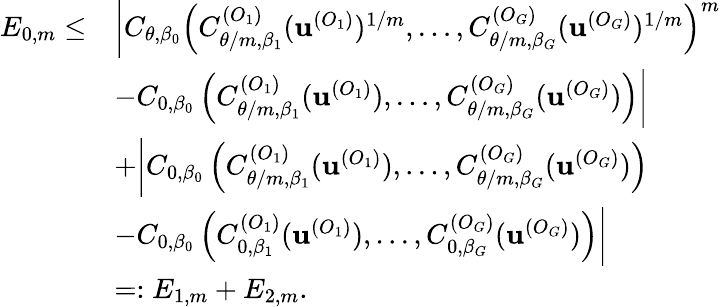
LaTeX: \begin{array}{rl}{E_{0,m}\leq}&{\bigg|C_{\theta,\beta_{0}}\left(C_{\theta/m,\beta_{1}}^{(O_{1})}(\textbf{u}^{(O_{1})})^{1/m},\dots,C_{\theta/m,\beta_{G}}^{(O_{G})}(\textbf{u}^{(O_{G})})^{1/m}\right)^{m}}\\ &{-C_{0,\beta_{0}}\left(C_{\theta/m,\beta_{1}}^{(O_{1})}(\textbf{u}^{(O_{1})}),\dots,C_{\theta/m,\beta_{G}}^{(O_{G})}(\textbf{u}^{(O_{G})})\right)\bigg|}\\ &{+\bigg|C_{0,\beta_{0}}\left(C_{\theta/m,\beta_{1}}^{(O_{1})}(\textbf{u}^{(O_{1})}),\dots,C_{\theta/m,\beta_{G}}^{(O_{G})}(\textbf{u}^{(O_{G})})\right)}\\ &{-C_{0,\beta_{0}}\left(C_{0,\beta_{1}}^{(O_{1})}(\textbf{u}^{(O_{1})}),\dots,C_{0,\beta_{G}}^{(O_{G})}(\textbf{u}^{(O_{G})})\right)\bigg|}\\ &{=:E_{1,m}+E_{2,m}.}\end{array}